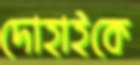
দোহাইকে